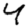
Digit: 4